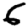
Digit: 6